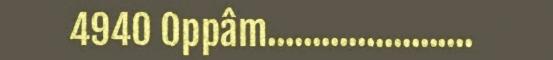
4940 Oppâm.......................